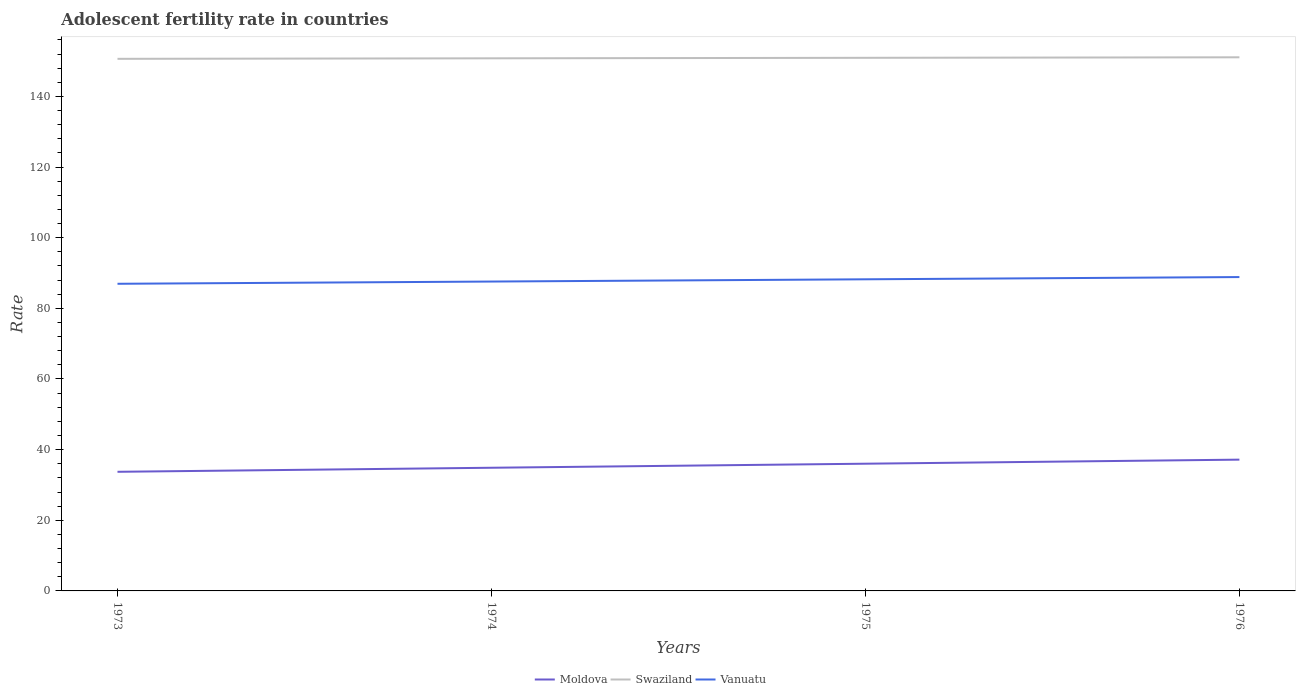
| Years | Moldova | Swaziland | Vanuatu |
 | --- | --- | --- | --- |
 | 1973 | 33.7 | 151 | 87 |
 | 1974 | 34.9 | 151 | 87.6 |
 | 1975 | 36 | 151 | 88.2 |
 | 1976 | 37.2 | 151 | 88.9 |